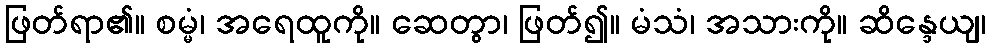
ဖြတ်ရာ၏။ စမ္မံ၊ အရေထူကို။ ဆေတွာ၊ ဖြတ်၍။ မံသံ၊ အသားကို။ ဆိန္ဒေယျ၊